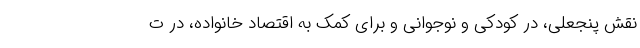
نقش پنجعلی، در کودکی و نوجوانی و برای کمک به اقتصاد خانواده، در ت